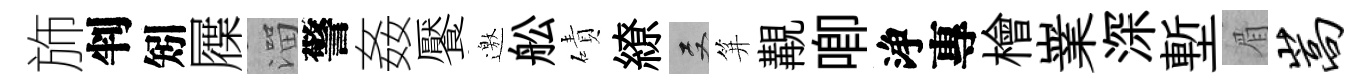
斾判矧屧溜警姦饜邀舩磧繚双笄覯唧浄專檜嶪深塹眉嵩